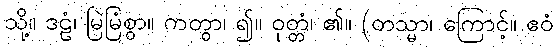
သို့။ ဒဠံ၊ မြဲမြံစွာ။ ကတွာ၊ ၍။ ဝုတ္တံ၊ ၏။ (တသ္မာ၊ ကြောင့်။ ဧဝံ